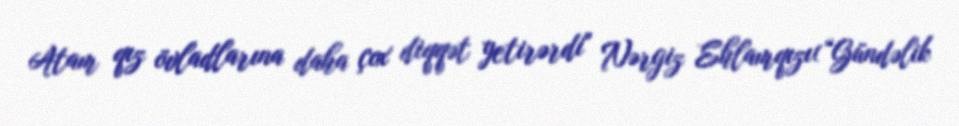
Atam qız övladlarına daha çox diqqət yetirərdi" Nərgiz Ehlamqızı(“Gündəlik